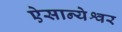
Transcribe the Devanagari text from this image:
ऐसान्येश्वर